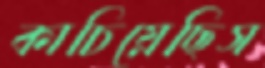
কাচিয়েছিস